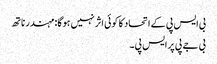
بی ایس پی کے اتحاد کا کوئی اثر نہیں ہوگا: مہندر ناتھ
بی جے پی پر ایس پی۔